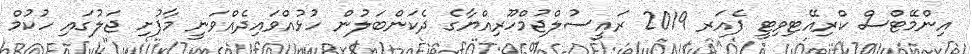
އިންމޭޓްސް ކްރިއޭޓިވިޓީ ފެއަރ 2019 ރައީސުލްޖުމްހޫރިއްޔާގެ ދެކަންބަލުން ހުޅުއްވައިދެއްވަނީ މާފުށި ޖަލުގައި ހުކުމް